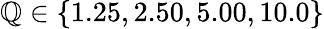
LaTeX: \mathbb{Q}\in\{ 1.25,2.50,5.00,10.0\}